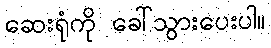
ဆေးရုံကို ခေါ်သွားပေးပါ။